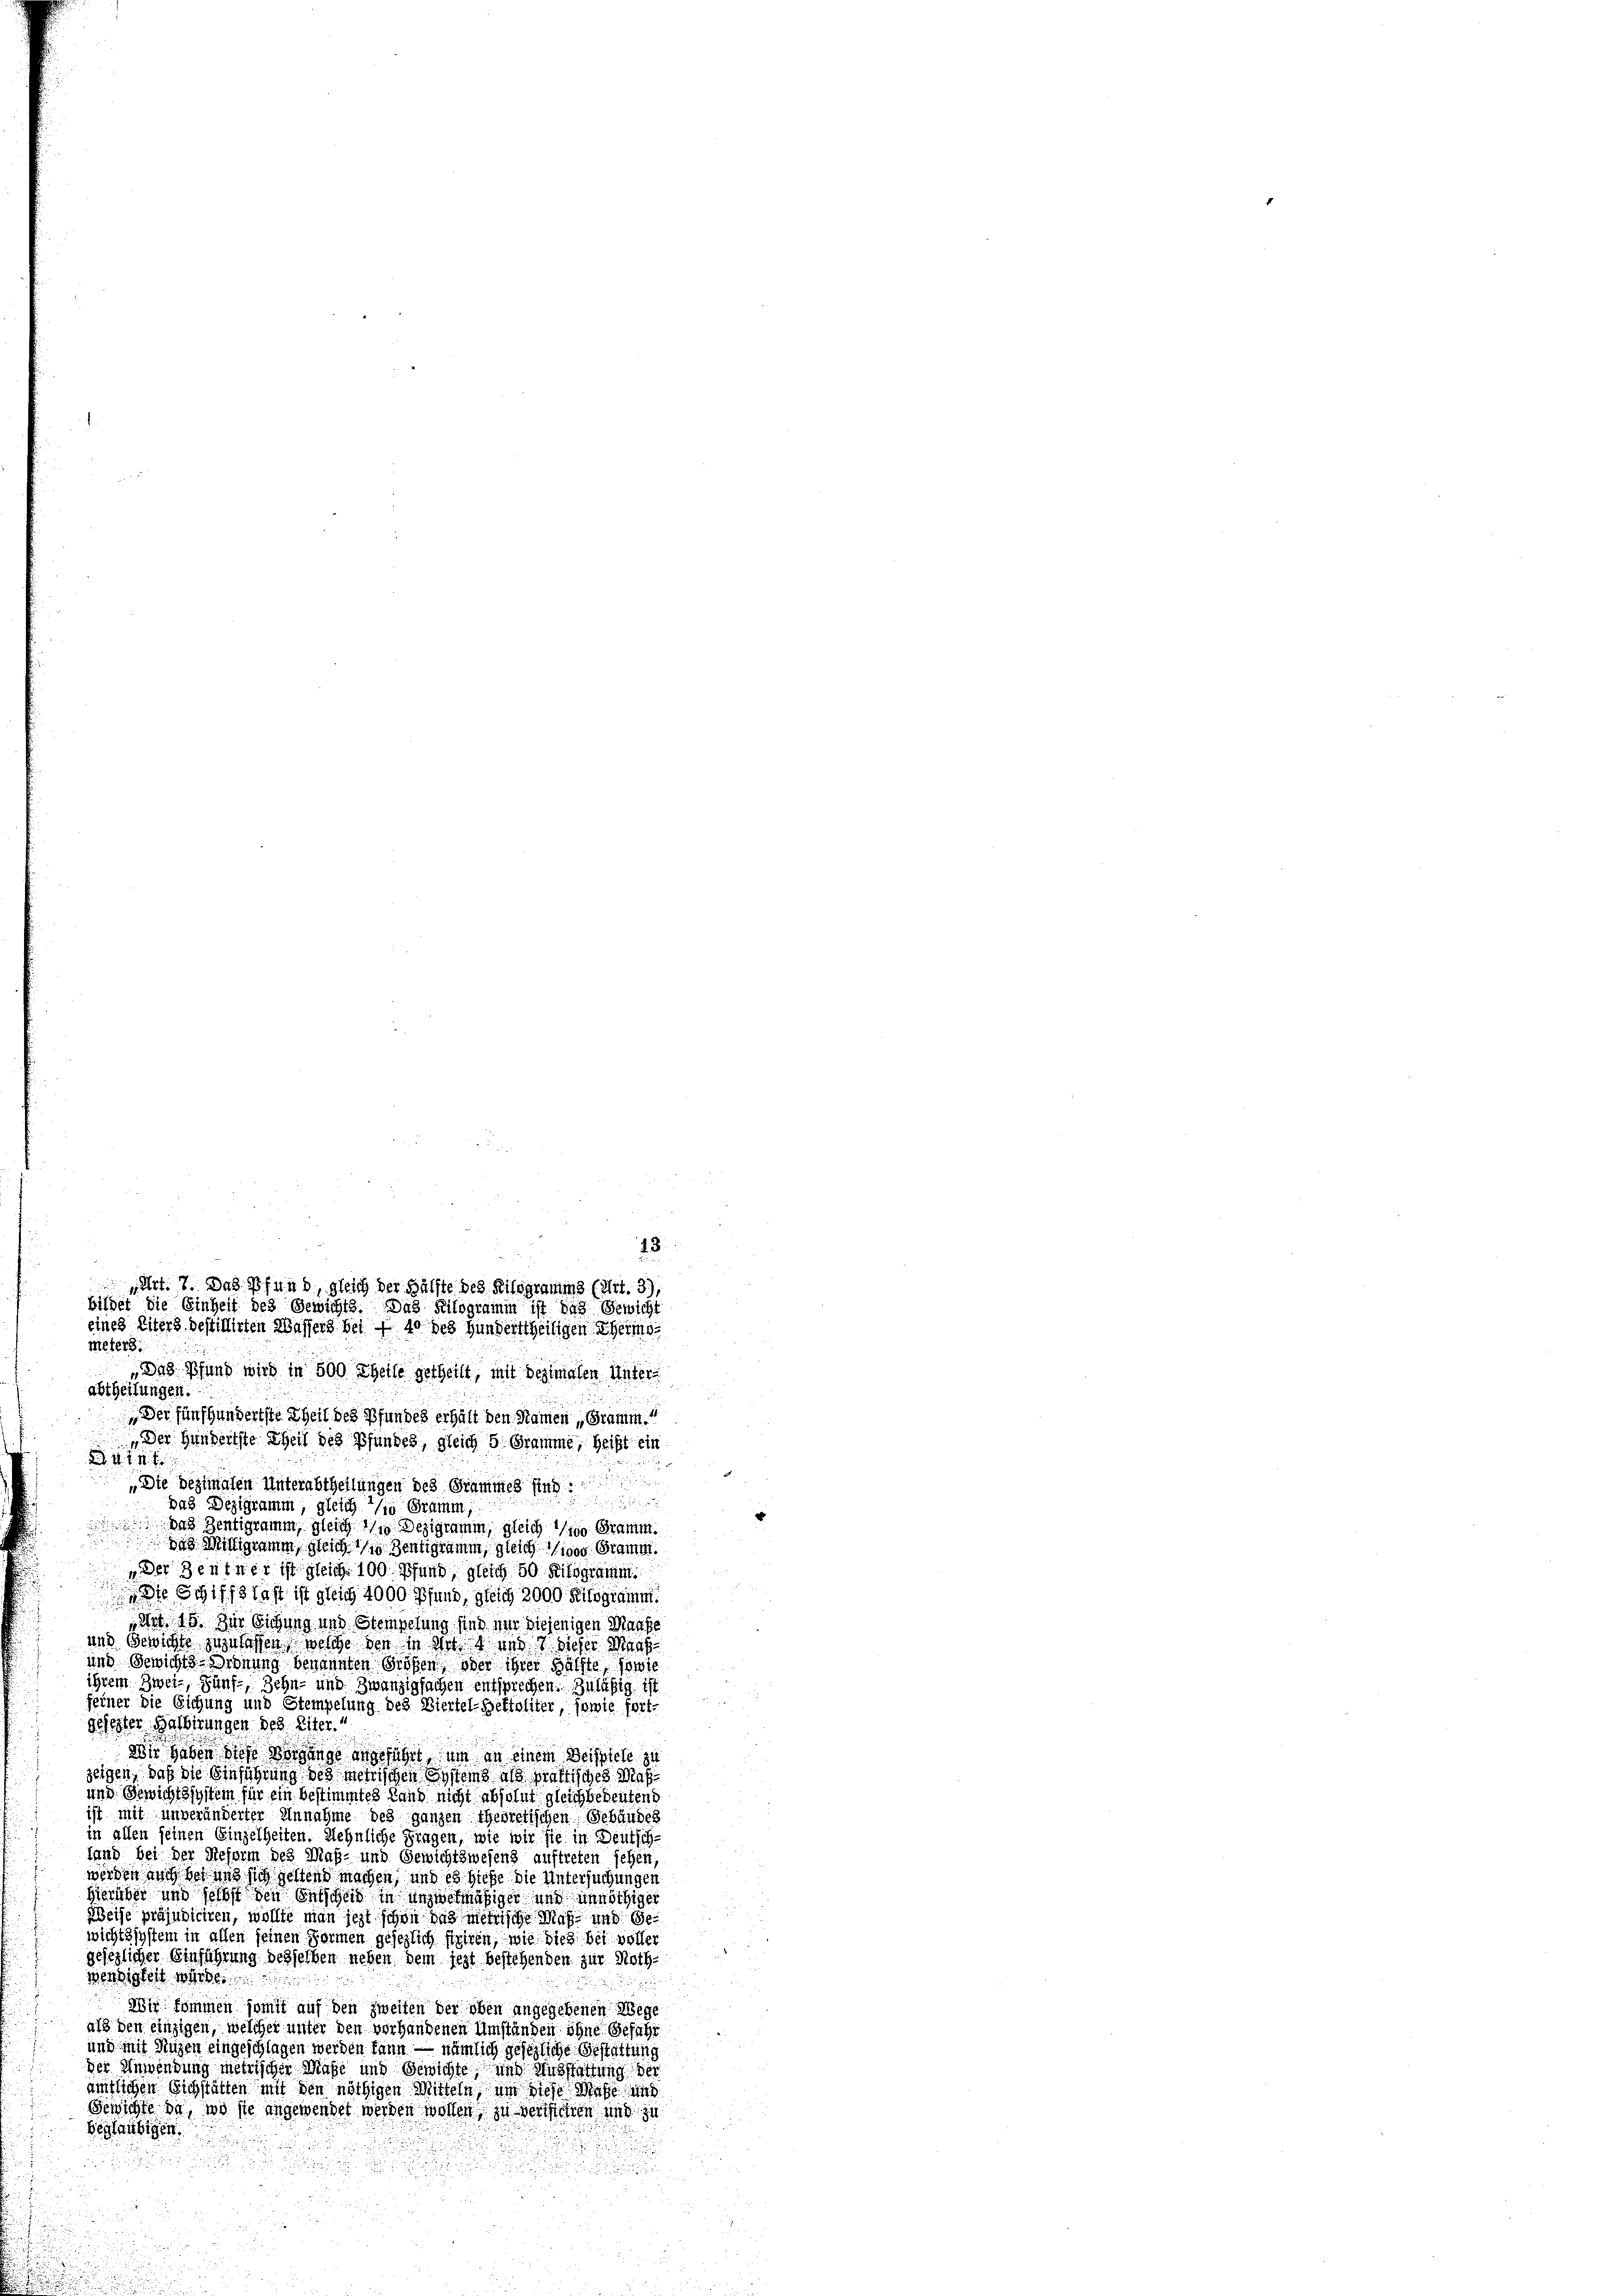
28
Art. 7. Das Pfund, gleich der Hälfte des Kilogramms (Art. 3)
bildet die Einheit des Gewichts. Das Kilogramm ist das Gewicht
eines Eiters bestillirten Wassers bei f 10 des hunderttheiligen Eheris
meters:

Das Pfund wird in 500 Theile getheilt, mit desimalen Unterabtheilungen.
Der fünfhundertste Zeit des Pfundes erhält den Namen „Gramm.
Der Hundertste Theil des Pfundes, gleich 5. Gramme, heißt ein
L. N. Z. 11. J
Die Bezialen Unterabtheilungen des Grammes sin

das Bezigramm, gleich 10 Gramm,
 das Sentigramm, gleich 11 Dezigramm, gleich so Gramm.
 das Mittigamm gleich so sentigramm, gleichises Gramm.
u Der Zentner ist gleich 100 Pfund, gleich 50 Kilogramm
dt Schiffslast ist gleich 4000 Pfund, gleich 3000 Kilogramm.
Art. 15. Zur Sitzung und Stempelung sind um diejenigen Maase
und Gewichte zuzulassen, welche den in Art und 7. dieser Maas
und Gewichts-Ordnung benannten Großen, oder ihrer Hälfte, sowie
ihrem Zwei-, Zunft, Zehn- und zwanzigfachen entsprechen. Zuläßig ist
feiner die Eichung und Stempelung des Viertel-Bettoliter, sowie fort-
gefester Halbirungen des Eiter.
Wie geben des Morgenge angeführt, um an einem Beispiele zu
zeigen, daß die Einführung des metrischen Systems als praktisches Maß¬
und Gewichtssystein für ein bestimmtes Land nicht absolut gleichbedeutend
ist mit unveränderter Annahme des ganzen theoretischen Gebäudes
in allen seinen Einzelheiten. Wehnliche Fragen, wie wir sie in Deutschlang bei der Reform des Maß- und Gewichtswesens auftreten sehen,
werden auch bei uns sich geltend machen, und es hieße die Untersuchungen
hierüber und selbst den Entscheid in unzwekmäßiger und unnöthiger
Weise präjudiciren, wollte man jetzt schon das mehrische Maß- und Gewichtssystem in allen seinen Formen gesezlich feriren, wie dies bei voller
gesezlicher Einführung desselben neben dem jezt bestehenden zur Noth-
wendigkeit werde
Wir kommen somit auf den zweiten der oben angegebenen Wege
als den einzigen, welcher unter den vorhandenen Umständen ohne Gefahr
und mit Augen eingeschlagen werden kann — nämlich gesezliche Gestattung
der Anwendung metrischer Maße und Gewichte und Ausstattung der
ämtlichen Sichstätten mit den nöthigen Mitteln, um siche Maße un
Gewichte da, wo sie angewendet werden worden, zu verstehen und zu
beglaubigen.
3